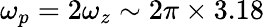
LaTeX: \omega_{p}=2\omega_{z}\sim 2\pi\times 3.18